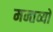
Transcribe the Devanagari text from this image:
मन्तव्यो